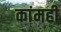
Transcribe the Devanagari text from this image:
कांमही